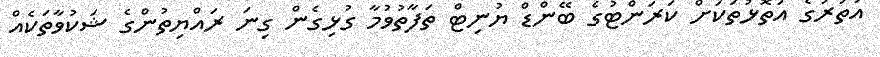
އުތުރުގެ އަތޮޅުތަކަށް ކަރަންޓުގެ ބޭންޑް ޔުނިޓް ތަފާތުވުމާ ގުޅިގެން ގިނަ ރައްޔިތުންގެ ޝަކުވާތަކެއް